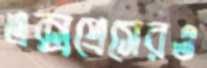
এক্সপ্রেসেরও